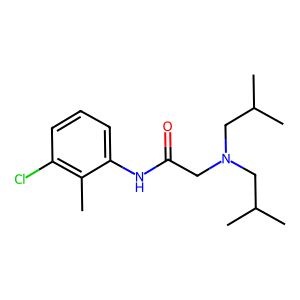
SMILES: Cc1c(Cl)cccc1NC(=O)CN(CC(C)C)CC(C)C
Inhibits HIV replication: No